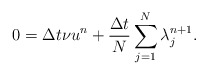
\begin{align*}&0= \Delta t\nu u^n+\frac{\Delta t}{N} \sum_{j=1}^N\lambda^{n+1}_j.\end{align*}